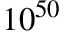
1 0 ^ { 5 0 }